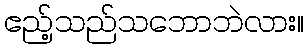
ဧည့်သည်သဘောဘဲလား။